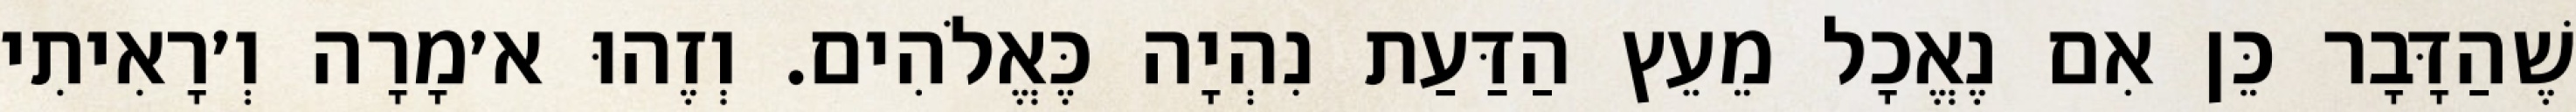
שֶׁהַדָּבָר כֵּן אִם נֶאֱכָל מֵעֵץ הַדַּעַת נִהְיָה כֶּאֱלֹהִים. וְזֶהוּ א׳מָרָה וְ׳רָאִיתִי